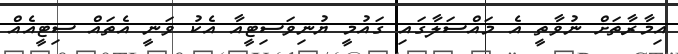
އިމާރާތަށް ނުވާތީ އެ މައްސަލާގައި ގައުމީ ޔުނިވަސިޓީއާ އެކު ވަނީ އެތައް ސިޓީއެއް